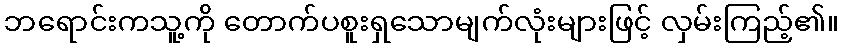
ဘရောင်းကသူ့ကို တောက်ပစူးရှသောမျက်လုံးများဖြင့် လှမ်းကြည့်၏။